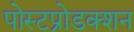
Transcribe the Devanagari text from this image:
पोस्टप्रोडक्शन